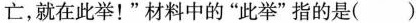
亡，就在此举！”材料中的”此举”指的是()